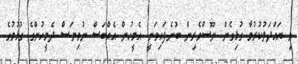
މި ބައްދަލުކުރުމާ ގުޅިގެން ނޫސްވެރިން ބުނެފައިވަނީ އެމީހުން އެއްބަސް ނުވިޔަސް ދެމީހުންގެ ގުޅުމުގެ